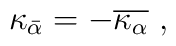
\kappa_{\bar\alpha}= -\overline{\kappa_{\alpha}}\ ,